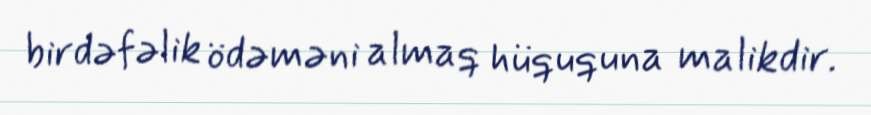
birdəfəlik ödəməni almaq hüququna malikdir.